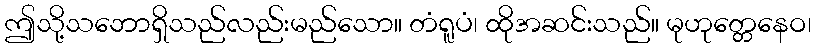
ဤသို့သဘောရှိသည်လည်းမည်သော။ တံရူပံ၊ ထိုအဆင်းသည်။ မုဟုတ္တေနေဝ၊